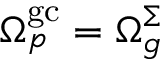
\Omega _ { p } ^ { \mathrm { g c } } = \Omega _ { g } ^ { \Sigma }